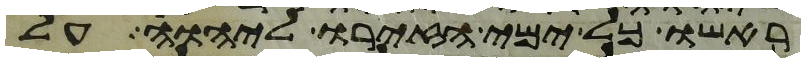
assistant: ראשו כל ימי הזירו ליהוה על